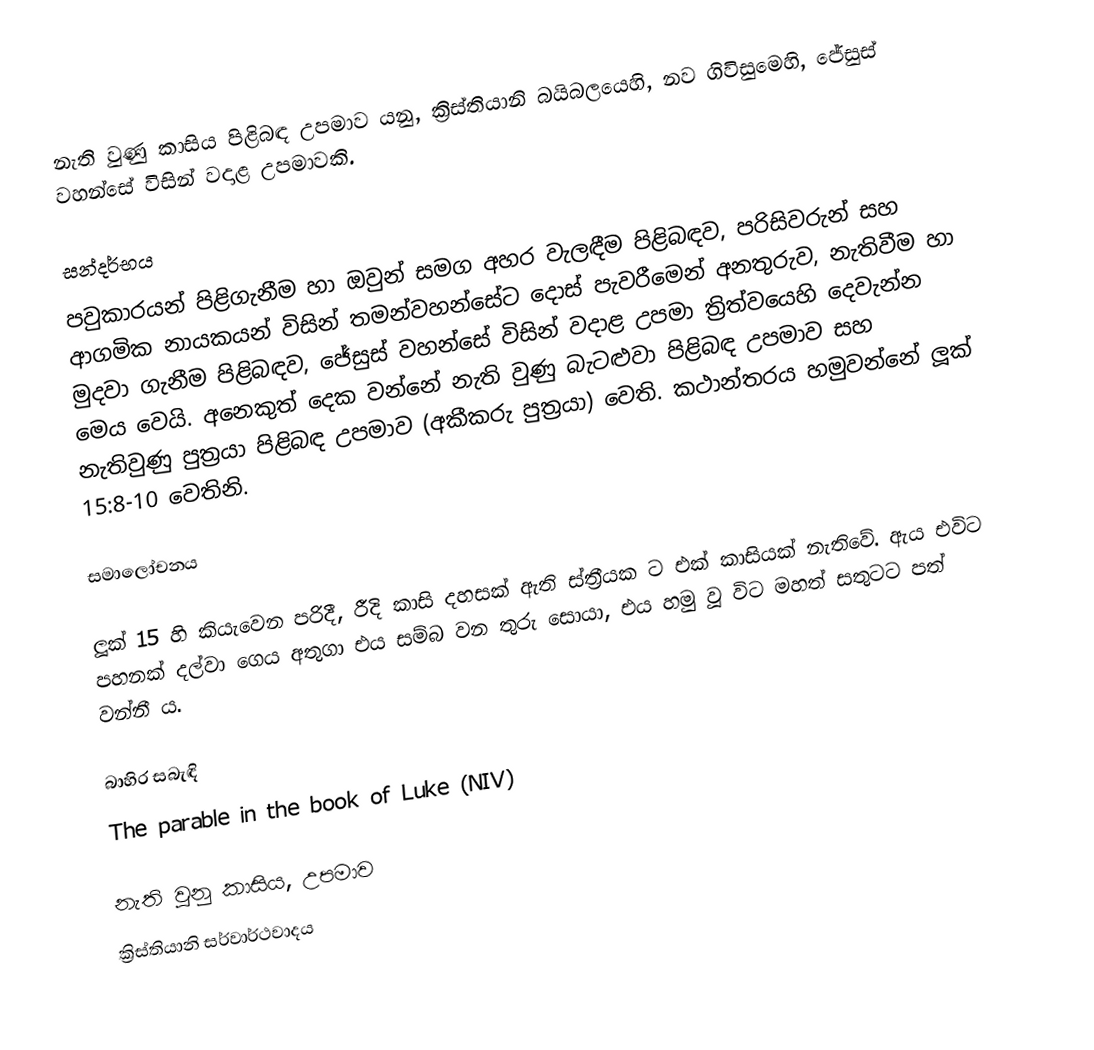
නැති වුණු කාසිය පිළිබඳ උපමාව යනු, ක්‍රිස්තියානි බයිබලයෙහි,  නව ගිවිසුමෙහි,  ජේසුස් වහන්සේ විසින් වදාළ උපමාවකි.

සන්දර්භය
පවුකාරයන් පිළිගැනීම හා ඔවුන් සමග අහර වැලඳීම පිළිබඳව, පරිසිවරුන් සහ ආගමික නායකයන් විසින් තමන්වහන්සේට  දොස් පැවරීමෙන් අනතුරුව, නැතිවීම හා මුදවා ගැනීම පිළිබඳව,  ජේසුස් වහන්සේ විසින් වදාළ උපමා ත්‍රිත්වයෙහි දෙවැන්න මෙය වෙයි.  අනෙකුත් දෙක වන්නේ නැති වුණු බැටළුවා පිළිබඳ උපමාව සහ නැතිවුණු පුත්‍රයා පිළිබඳ උපමාව (අකීකරු පුත්‍රයා) වෙති. කථාන්තරය හමුවන්නේ ලූක් 15:8-10 වෙතිනි.

සමාලෝචනය

ලූක් 15 හි කියැවෙන පරිදී, රීදි කාසි දහසක් ඇති ස්ත්‍රීයක ට එක් කාසියක් නැතිවේ.  ඇය එවිට පහනක් දල්වා ගෙය අතුගා එය සම්බ වන තුරු සොයා, එය හමු වූ විට මහත් සතුටට පත් වන්නී ය.

බාහිර සබැඳි
The parable in the book of Luke (NIV)

නැති වුනු කාසිය, උපමාව
ක්‍රිස්තියානි සර්වාර්ථවාදය